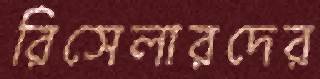
রিসেলারদের